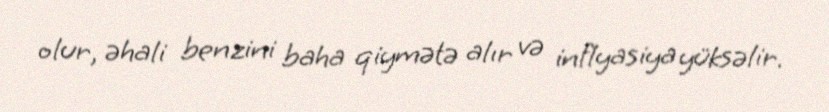
olur, əhali benzini baha qiymətə alır və inflyasiya yüksəlir.